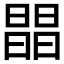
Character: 𣊫